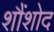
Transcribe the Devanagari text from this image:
शौंशोद